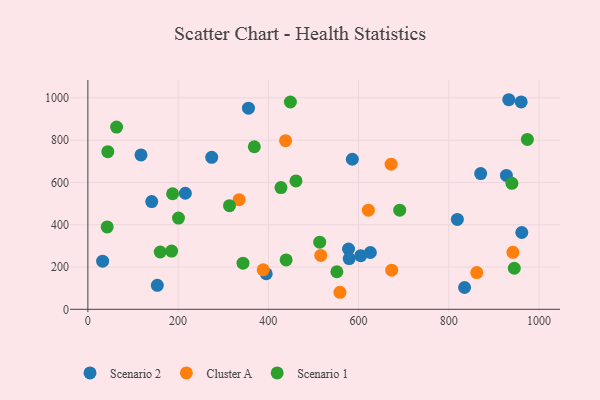
{"axis": {"x": "Distance", "y": "Fuel Efficiency"}, "legend": ["Cluster A", "Scenario 1", "Scenario 2"], "data": [{"x": "604.8", "y": 253.8, "type": "Scenario 2"}, {"x": "834.9", "y": 103.1, "type": "Scenario 2"}, {"x": "216.0", "y": 548.8, "type": "Scenario 2"}, {"x": "586.1", "y": 709.5, "type": "Scenario 2"}, {"x": "577.7", "y": 285.2, "type": "Scenario 2"}, {"x": "153.9", "y": 113.6, "type": "Scenario 2"}, {"x": "579.2", "y": 240.1, "type": "Scenario 2"}, {"x": "141.5", "y": 509.6, "type": "Scenario 2"}, {"x": "960.4", "y": 980.7, "type": "Scenario 2"}, {"x": "961.7", "y": 363.3, "type": "Scenario 2"}, {"x": "927.6", "y": 633.1, "type": "Scenario 2"}, {"x": "870.6", "y": 641.9, "type": "Scenario 2"}, {"x": "626.1", "y": 268.7, "type": "Scenario 2"}, {"x": "355.9", "y": 951.3, "type": "Scenario 2"}, {"x": "932.9", "y": 991.1, "type": "Scenario 2"}, {"x": "32.7", "y": 227.5, "type": "Scenario 2"}, {"x": "117.7", "y": 730.0, "type": "Scenario 2"}, {"x": "818.9", "y": 425.1, "type": "Scenario 2"}, {"x": "274.5", "y": 718.9, "type": "Scenario 2"}, {"x": "395.3", "y": 168.1, "type": "Scenario 2"}, {"x": "438.2", "y": 797.3, "type": "Cluster A"}, {"x": "388.6", "y": 186.9, "type": "Cluster A"}, {"x": "673.4", "y": 185.2, "type": "Cluster A"}, {"x": "516.2", "y": 255.0, "type": "Cluster A"}, {"x": "942.1", "y": 269.3, "type": "Cluster A"}, {"x": "335.2", "y": 518.5, "type": "Cluster A"}, {"x": "672.1", "y": 686.5, "type": "Cluster A"}, {"x": "558.7", "y": 80.5, "type": "Cluster A"}, {"x": "621.7", "y": 469.0, "type": "Cluster A"}, {"x": "862.0", "y": 173.8, "type": "Cluster A"}, {"x": "974.1", "y": 803.2, "type": "Scenario 1"}, {"x": "313.9", "y": 489.9, "type": "Scenario 1"}, {"x": "513.8", "y": 317.6, "type": "Scenario 1"}, {"x": "551.8", "y": 177.5, "type": "Scenario 1"}, {"x": "691.1", "y": 468.8, "type": "Scenario 1"}, {"x": "160.4", "y": 270.9, "type": "Scenario 1"}, {"x": "343.8", "y": 218.2, "type": "Scenario 1"}, {"x": "945.1", "y": 194.2, "type": "Scenario 1"}, {"x": "448.8", "y": 980.4, "type": "Scenario 1"}, {"x": "200.8", "y": 431.4, "type": "Scenario 1"}, {"x": "427.9", "y": 575.7, "type": "Scenario 1"}, {"x": "185.6", "y": 275.2, "type": "Scenario 1"}, {"x": "461.2", "y": 607.1, "type": "Scenario 1"}, {"x": "439.4", "y": 233.7, "type": "Scenario 1"}, {"x": "187.8", "y": 546.5, "type": "Scenario 1"}, {"x": "44.2", "y": 745.6, "type": "Scenario 1"}, {"x": "63.6", "y": 861.7, "type": "Scenario 1"}, {"x": "939.8", "y": 595.6, "type": "Scenario 1"}, {"x": "368.9", "y": 768.7, "type": "Scenario 1"}, {"x": "42.8", "y": 389.6, "type": "Scenario 1"}]}